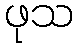
ဖုသ